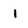
Character: I